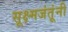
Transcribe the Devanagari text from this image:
सूक्ष्मजंतूंनी